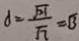
d = \frac { \sqrt { 2 1 } } { \sqrt { 7 } } = \sqrt { 3 }